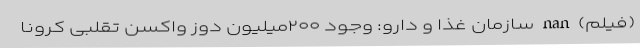
(فیلم) nan سازمان غذا و دارو: وجود ۲۰۰میلیون دوز واکسن تقلبی کرونا